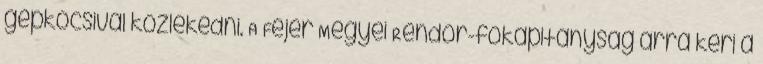
gépkocsival közlekedni. A Fejér Megyei Rendőr-főkapitányság arra kéri a